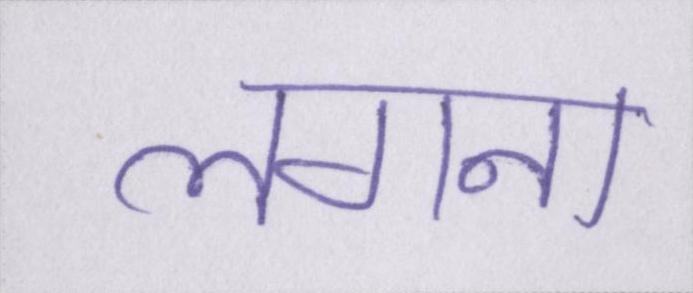
लगना